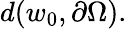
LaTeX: d(w_{0},\partial\Omega).